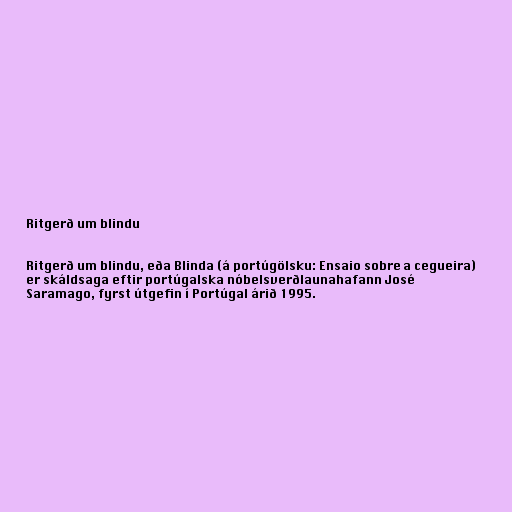
Ritgerð um blindu

Ritgerð um blindu, eða Blinda (á portúgölsku: Ensaio sobre a cegueira)
er skáldsaga eftir portúgalska nóbelsverðlaunahafann José
Saramago, fyrst útgefin í Portúgal árið 1995.